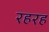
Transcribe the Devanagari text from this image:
रहरह